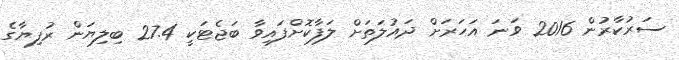
ސަރުކާރުން 2016 ވަނަ އަހަރަށް ދައުލަތަށް ލަފާކޮށްފައިވާ ބަޖެޓަކީ 27.4 ބިލިޔަން ރުފިޔާގެ